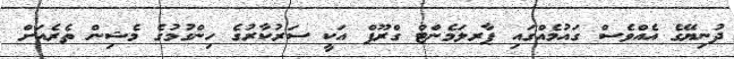
ދުނިޔޭގެ އެއްވެސް ގައުމެއްގައި ޕާރލަމެންޓް ގްރޫޕް އަކީ ސަރުކާރުގެ ހިންގުމުގެ މެޝިން ތެެރެއަށް